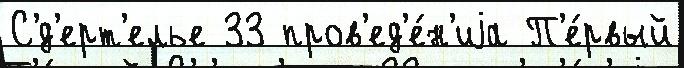
С'́д'ерт'елье 33 пров'ед'е́н'иjа П'е́рвый